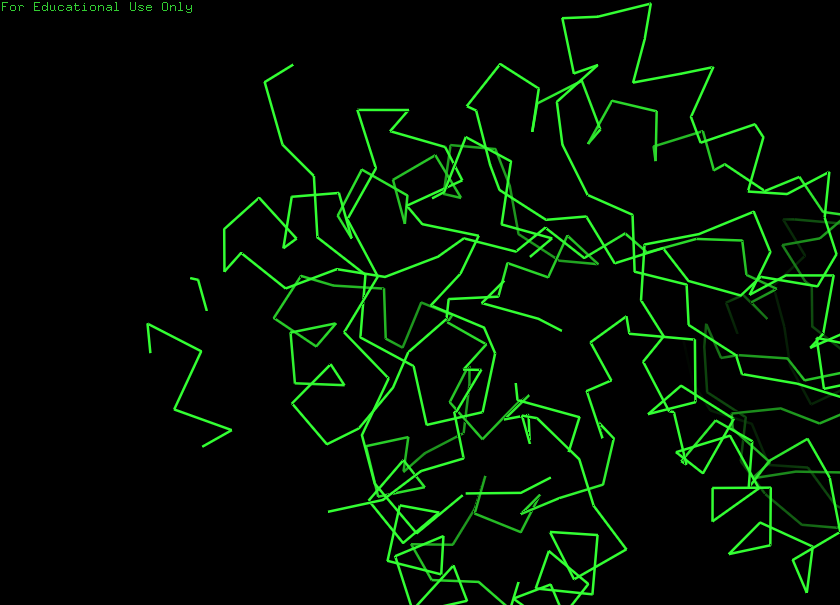
pymol, preset, simple_no_solv